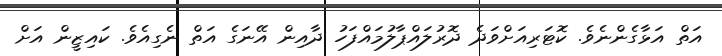
އަތް އަޅާގެންނެވެ. ކޮޓަރިއަށްވަދެ ދޮރުލައްޕާލުމައްފަހު ދާއިން އޭނަގެ އަތް ނެގިއެވެ. ކައިޒީން އަށް